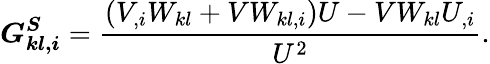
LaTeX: \boldsymbol{G_{kl,i}^{S}}=\frac{(V_{,i}W_{kl}+VW_{kl,i})U-VW_{kl}U_{,i}}{U^{2}}.